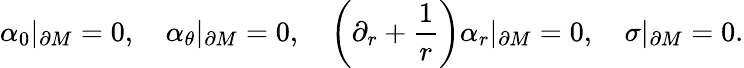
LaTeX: \alpha_{0}|_{\partial M}=0,\quad\alpha_{\theta}|_{\partial M}=0,\quad\left(\partial_{r}+\frac 1r\right)\alpha_{r}|_{\partial M}=0,\quad\sigma|_{\partial M}=0.